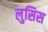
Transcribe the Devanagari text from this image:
लुसिस